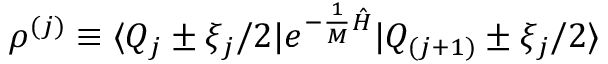
\rho ^ { ( j ) } \equiv \langle Q _ { j } \pm \xi _ { j } / 2 | e ^ { - \frac { 1 } { M } { \hat { H } } } | Q _ { ( j + 1 ) } \pm \xi _ { j } / 2 \rangle